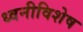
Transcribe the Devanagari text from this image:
ध्वनीविशेष